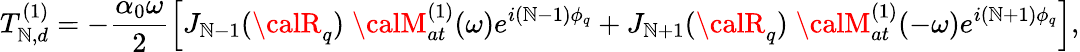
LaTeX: T_{\mathbb{N},d}^{(1)}=-\frac{{\alpha_{0}\omega}}{{2}}\left[J_{\mathbb{N}-1}({\calR}_{q})\; {\calM}_{at}^{(1)}(\omega)e^{i(\mathbb{N}-1)\phi_{q}}+J_{\mathbb{N}+1}({\calR}_{q})\; {\calM}_{at}^{(1)}(-\omega)e^{i(\mathbb{N}+1)\phi_{q}}\right],